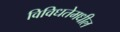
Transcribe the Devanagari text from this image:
विविधतेमधील